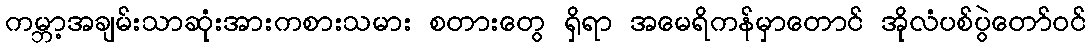
ကမ္ဘာ့အချမ်းသာဆုံးအားကစားသမား စတားတွေ ရှိရာ အမေရိကန်မှာတောင် အိုလံပစ်ပွဲတော်ဝင်